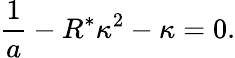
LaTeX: \frac{1}{a}-R^{*}\kappa^{2}-\kappa=0.